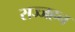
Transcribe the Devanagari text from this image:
सज्जहन